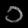
Digit: ၁